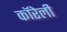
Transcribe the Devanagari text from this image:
कॉरेली